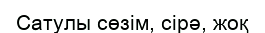
Сатулы сөзім, сірә, жоқ